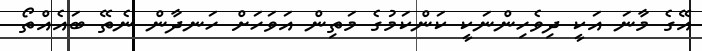
އޭގެ މާނަ އަކީ ދިވެހިންނަކީ ކަންކަމުގެ މަތިން އަވަހަށް ހަނދާން ނެތޭ ބައެއްތޯ